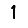
Digit: 1